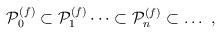
LaTeX: \begin{align*}{\cal P}_0^{(f)} \subset {\cal P}_1^{(f)} \dots \subset {\cal P}_n^{(f)} \subset \dots \ ,\end{align*}